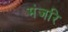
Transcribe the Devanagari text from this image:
मंजरि